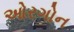
ઓરગોન